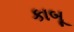
કાબૂ